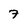
Character: 7